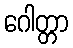
ဂေါတ္တာ